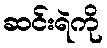
ဆင်းရဲကို